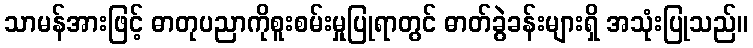
သာမန်အားဖြင့် ဓာတုပညာကိုစူးစမ်းမှုပြုရာတွင် ဓာတ်ခွဲခန်းများရှိ အသုံးပြုသည်။